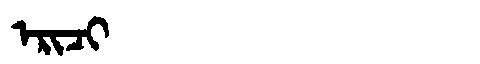
Manchu: ᡝᡵᡳᠴᡳ
Romanization: ERICI